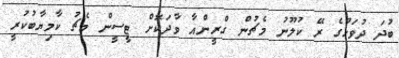
ބުދަ ދުވަހުގެ ރޭ ކުލޫނު މެޗުން ގްރީންއާ ވާދަކޮށް ޓީސީން މެޗު ކާމިޔާބުކުރީ